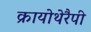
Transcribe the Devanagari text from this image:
क्रायोथेरैपी